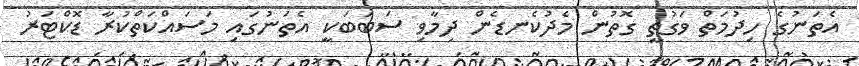
އެތަނުގެ ހިދުމަތް ވަގުތީ ގޮތުން މެދުކެނޑެން ދިމާވި ސަބަބަކީ އެތަނުގައި މަސައްކަތްކުރާ ޑޮކްޓަރު